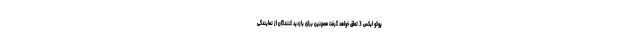
پوکو ایکس 3 تعلق خواهد گرفت همچنین برای بازدید کنندگان از نمایندگی